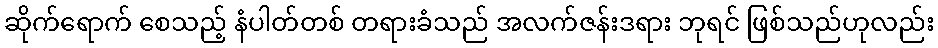
ဆိုက်ရောက် စေသည့် နံပါတ်တစ် တရားခံသည် အလက်ဇန်းဒရား ဘုရင် ဖြစ်သည်ဟုလည်း